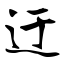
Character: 迂